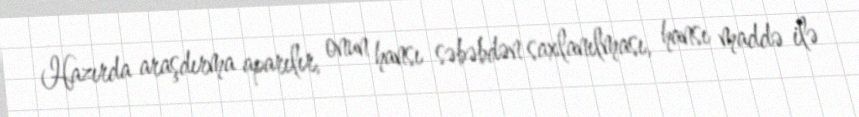
Hazırda araşdırma aparılır, onun hansı səbəbdən saxlanılması, hansı maddə ilə